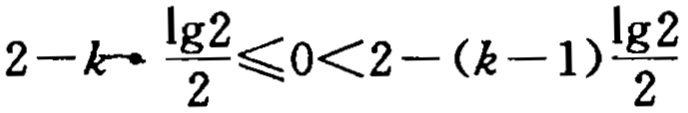
\(2 - k\cdot\frac{\lg2}{2}\leqslant0<2 - (k - 1)\frac{\lg2}{2}\)